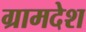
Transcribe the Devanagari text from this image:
ग्रामदेश